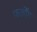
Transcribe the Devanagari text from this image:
फर्लोंग